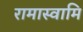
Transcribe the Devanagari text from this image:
रामास्वामि